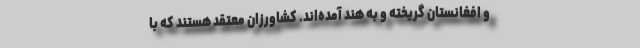
و افغانستان گریخته‌ و به هند آمده‌اند. کشاورزان معتقد هستند که با